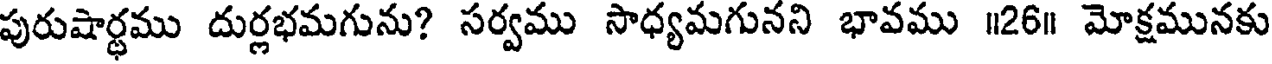
పురుషార్థము దుర్లభమగును? సర్వము సాధ్యమగునని భావము ॥26॥ మోక్షమునకు